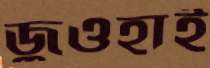
জুওহাই